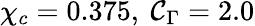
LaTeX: \chi_{c}=0.375,~\mathcal{C}_{\Gamma}=2.0